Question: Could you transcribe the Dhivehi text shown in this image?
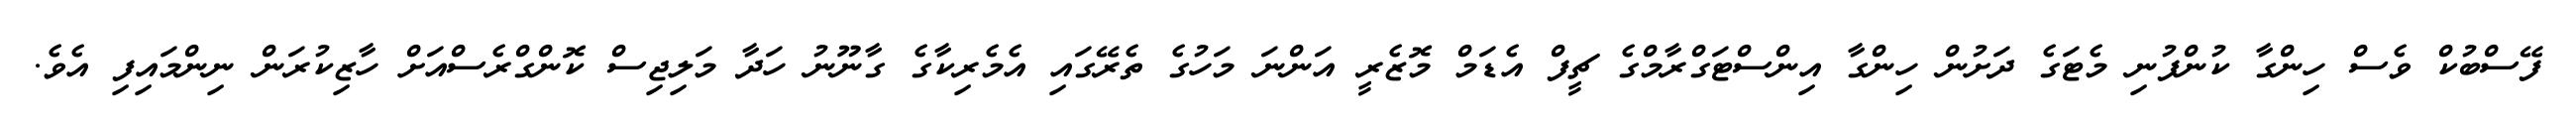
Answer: ފޭސްބުކް ވެސް ހިންގާ ކުންފުނި މެޓަގެ ދަށުން ހިންގާ އިންސްޓަގްރާމްގެ ޗީފް އެޑަމް މޮޒެރީ އަންނަ މަހުގެ ތެރޭގައި އެމެރިކާގެ ގާނޫނު ހަދާ މަލިޖިސް ކޮންގްރެސްއަށް ހާޒިކުރަން ނިންމައިފި އެވެ.